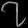
Digit: ၇